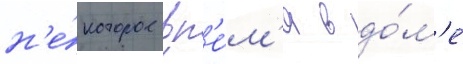
н'е́которое вр'е́м'я в до́м'е